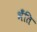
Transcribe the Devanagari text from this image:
भँति